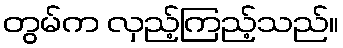
တွမ်က လှည့်ကြည့်သည်။